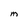
Character: M